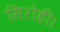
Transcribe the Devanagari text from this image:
सिरोही।